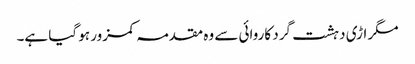
مگر اڑی دہشت گرد کاروائی سے وہ مقدمہ کمزور ہو گیا ہے۔